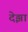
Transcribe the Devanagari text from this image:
देझा